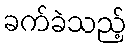
ခက်ခဲသည့်